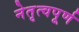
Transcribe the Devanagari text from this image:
नेतृत्वपूर्ण